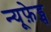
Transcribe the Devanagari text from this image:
न्यूफ़ेड्स